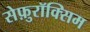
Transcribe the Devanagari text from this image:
सेफ़ुरॉक्सिम